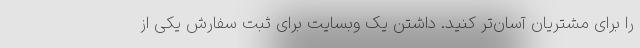
را برای مشتریان آسان‌تر کنید. داشتن یک وبسایت برای ثبت سفارش یکی از